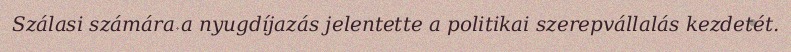
Szálasi számára a nyugdíjazás jelentette a politikai szerepvállalás kezdetét.